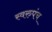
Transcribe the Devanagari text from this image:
स्वरुपंच